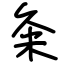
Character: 粂